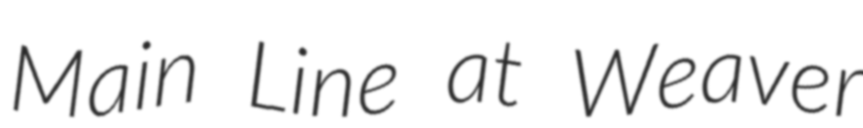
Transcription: Main Line at Weaver